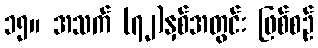
၁၅။ အသက် (၇၂)နှစ်အတွင်း ဖြစ်စဉ်